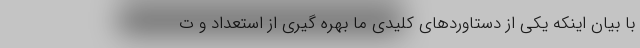
با بیان اینکه یکی از دستاوردهای کلیدی ما بهره گیری از استعداد و ت